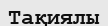
Тақиялы